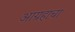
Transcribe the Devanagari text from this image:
आग्रहाचा